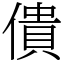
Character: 僓